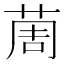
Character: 䓟